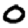
Digit: 0